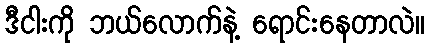
ဒီငါးကို ဘယ်လောက်နဲ့ ရောင်းနေတာလဲ။